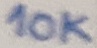
Text: 10K